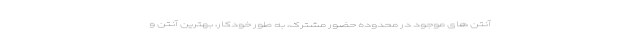
آنتن های موجود در محدوده حضور مشترک، به طور خودکار، بهترین آنتن و